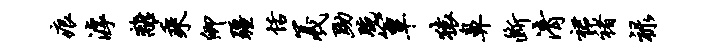
痕滹离乘卿疆恬羲黝腕簟猿鼻断清裙褚禄